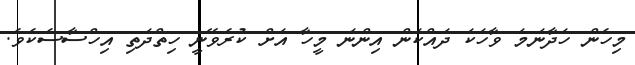
މިހެން ހަދާނަމަ ވާހަކަ ދައްކަން އިންނަ މީހާ އަށް ކުރެވޭނީ ހިތްދަތި އިހްސާސެކެވެ.